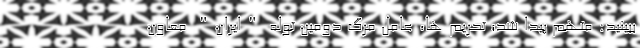
ببینید: متهم پیدا شد؛ تحریم ها، عامل مرگ دومین توله "ایران" معاون